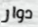
دوار